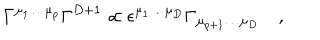
LaTeX: \Gamma ^ { \mu _ { 1 } \dots \mu _ { p } } \Gamma ^ { D + 1 } \propto \epsilon ^ { \mu _ { 1 } \dots \mu _ { D } } \Gamma _ { \mu _ { p + 1 } \dots \mu _ { D } } \quad ,